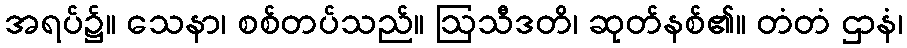
အရပ်၌။ သေနာ၊ စစ်တပ်သည်။ ဩသီဒတိ၊ ဆုတ်နစ်၏။ တံတံ ဌာနံ၊